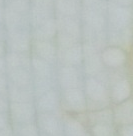
طريق رئيسي